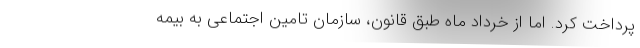
پرداخت کرد. اما از خرداد ماه طبق قانون، سازمان تامین اجتماعی به بیمه